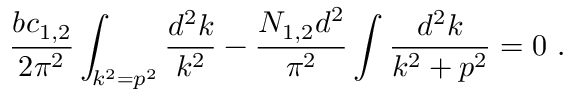
{ \frac { b c _ { 1 , 2 } } { 2 \pi ^ { 2 } } } \int _ { k ^ { 2 } = p ^ { 2 } } { \frac { d ^ { 2 } k } { k ^ { 2 } } } - { \frac { N _ { 1 , 2 } d ^ { 2 } } { \pi ^ { 2 } } } \int { \frac { d ^ { 2 } k } { k ^ { 2 } + p ^ { 2 } } } = 0 ~ .